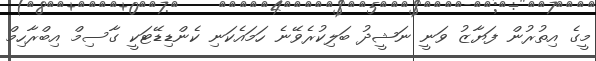
މީގެ އިތުރުން ފަޔާޒު ވަނީ ނަޝީދު ބަލިކުރެވޭނެ ހަމައެކަނި ކެންޑިޑޭޓަކީ ގާސިމް އިބްރާހިމް